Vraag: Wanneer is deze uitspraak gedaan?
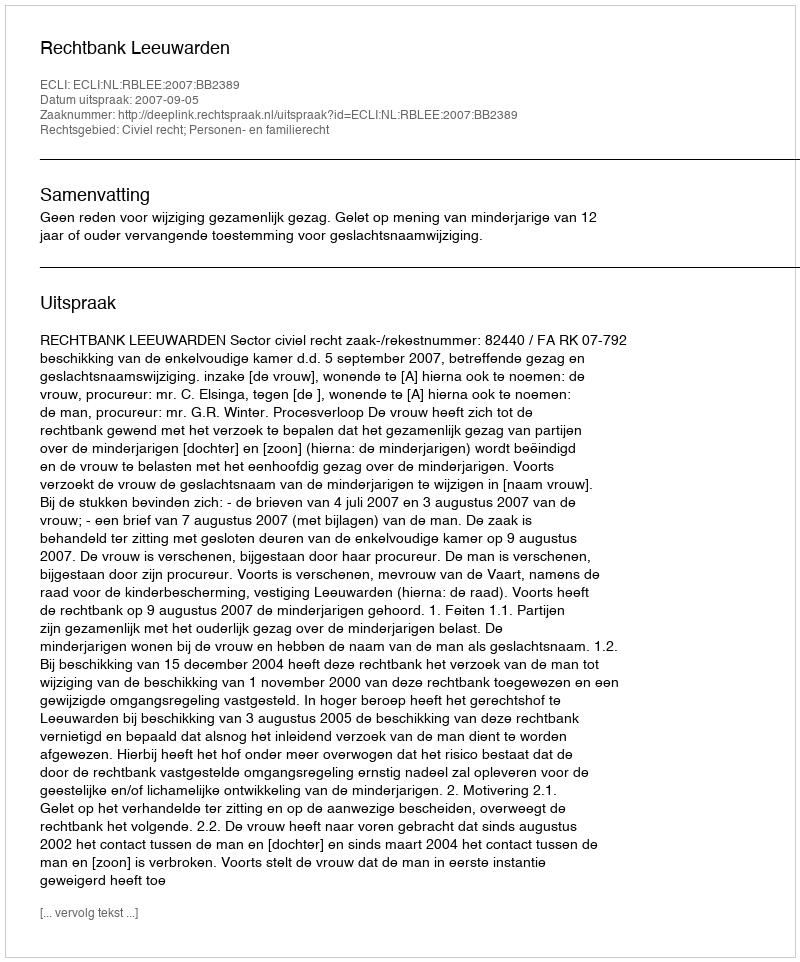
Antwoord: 2007-09-05